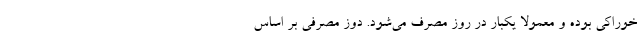
خوراکی بوده و معمولاً یکبار در روز مصرف می‌شود. دوز مصرفی بر اساس